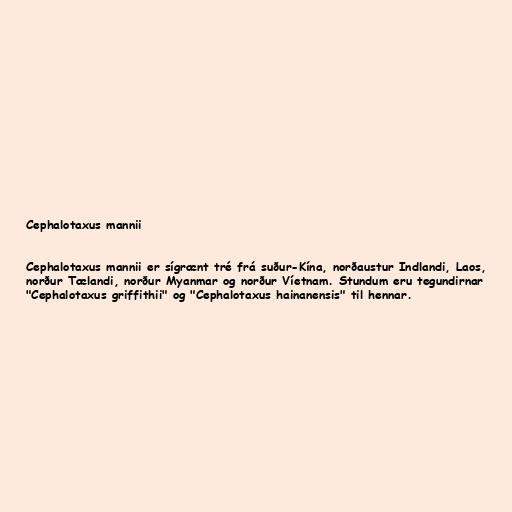
Cephalotaxus mannii

Cephalotaxus mannii er sígrænt tré frá suður-Kína, norðaustur Indlandi, Laos,
norður Tælandi, norður Myanmar og norður Víetnam. Stundum eru tegundirnar
"Cephalotaxus griffithii" og "Cephalotaxus hainanensis" til hennar.